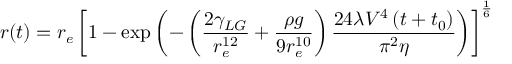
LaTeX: r ( t ) = r _ { e } \left[ 1 - \exp \left( - \left( { \frac { 2 \gamma _ { L G } } { r _ { e } ^ { 1 2 } } } + { \frac { \rho g } { 9 r _ { e } ^ { 1 0 } } } \right) { \frac { 2 4 \lambda V ^ { 4 } \left( t + t _ { 0 } \right) } { \pi ^ { 2 } \eta } } \right) \right] ^ { \frac { 1 } { 6 } }